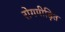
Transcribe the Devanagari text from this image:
रोगपीड़ित